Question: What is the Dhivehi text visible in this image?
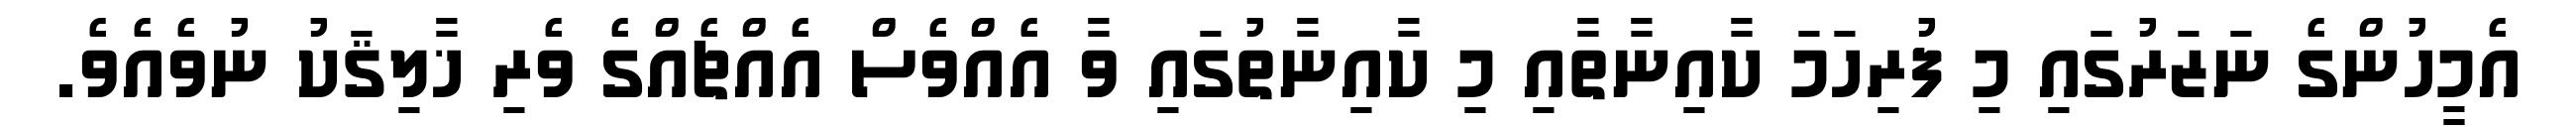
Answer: އެމީހުންގެ ނަޒަރުގައި މި ފުރިހަމަ ކާއިނާތާއި މި ކާއިނާތުގައި ވާ އެއްވެސް އެއްޗެއްގެ ވެރި ޚާލިޤަކު ނުވެއެވެ.